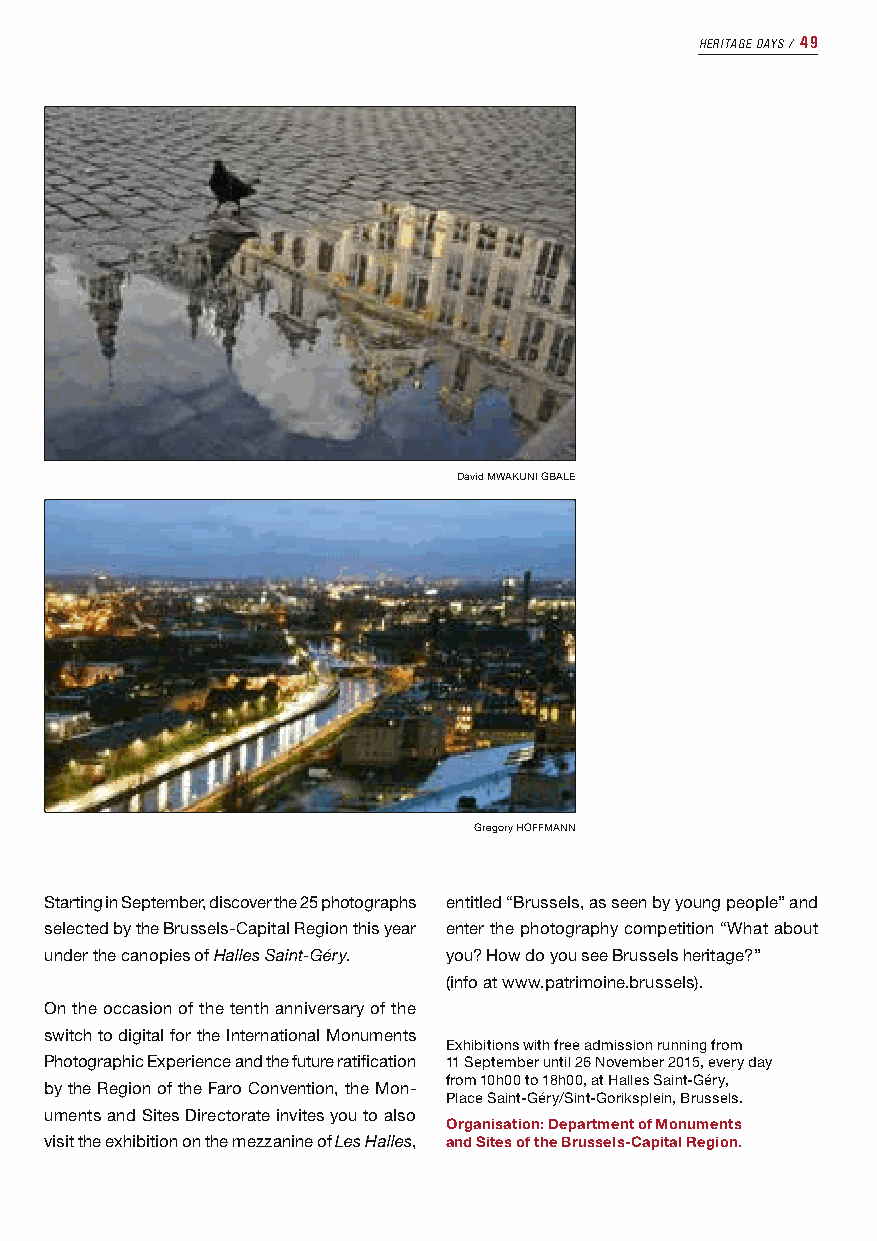
HERITAGE DAYS ⁄ 49
 David MWAKUNI GBALE
 Gregory HOFFMANN
 Starting in September, discover the 25 photographs entitled “Brussels, as seen by young people” and
 selected by the Brussels-Capital Region this year enter the photography competition “What about
 under the canopies of Halles Saint-Géry. you? How do you see Brussels heritage?”
 (info at www.patrimoine.brussels).
 On the occasion of the tenth anniversary of the
 switch to digital for the International Monuments
 Exhibitions with free admission running from
 Photographic Experience and the future ratification 11 September until 26 November 2015, every day
 from 10h00 to 18h00, at Halles Saint-Géry,
 by the Region of the Faro Convention, the Mon-
 Place Saint-Géry/Sint-Goriksplein, Brussels.
 uments and Sites Directorate invites you to also
 Organisation: Department of Monuments
 visit the exhibition on the mezzanine of Les Halles, and Sites of the Brussels-Capital Region.